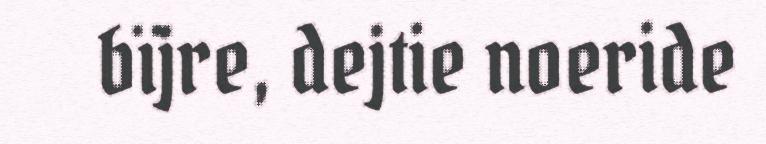
bïjre, dejtie noeride